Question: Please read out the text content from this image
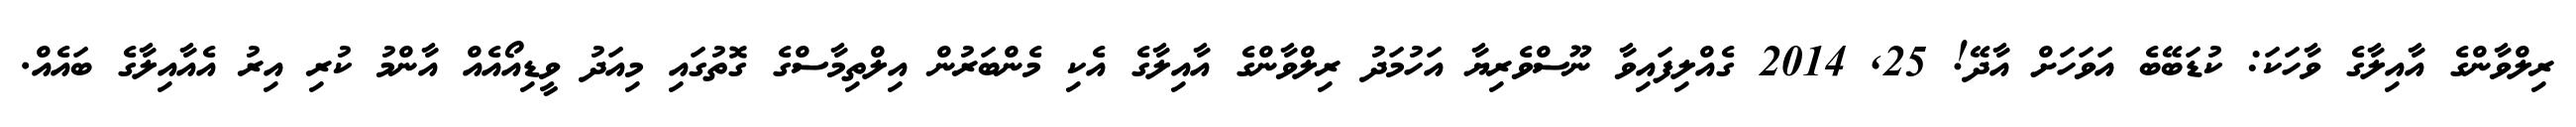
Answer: ރިލްވާންގެ އާއިލާގެ ވާހަކަ: ކުޑަބޭބެ އަވަހަށް އާދޭ! 25, 2014 ގެއްލިފައިވާ ނޫސްވެރިޔާ އަހުމަދު ރިލްވާންގެ އާއިލާގެ އެކި މެންބަރުން އިލްތިމާސްގެ ގޮތުގައި މިއަދު ވީޑިއޯއެއް އާންމު ކުރި އިރު އެއާއިލާގެ ބައެއް.